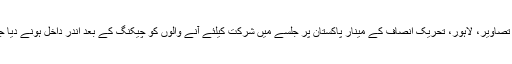
لاہور کی تصاویر، لاہور، تحریک انصاف کے مینار پاکستان پر جلسے میں شرکت کیلئے آنے والوں کو چیکنگ کے بعد اندر داخل ہونے دیا جا رہا ہے۔